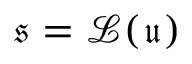
\mathfrak { s } = \mathcal { L } ( \mathfrak { u } )